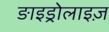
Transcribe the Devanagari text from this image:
ङाइड्रोलाइज़